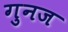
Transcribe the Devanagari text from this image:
गुनज